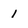
Character: 1